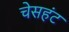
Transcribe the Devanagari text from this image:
चेसहंट